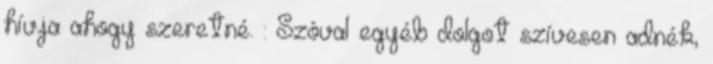
hívja ahogy szeretné. : Szóval egyéb dolgot szívesen adnék,